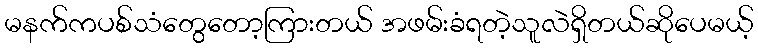
မနက်ကပစ်သံတွေတော့ကြားတယ် အဖမ်းခံရတဲ့သူလဲရှိတယ်ဆိုပေမယ့်